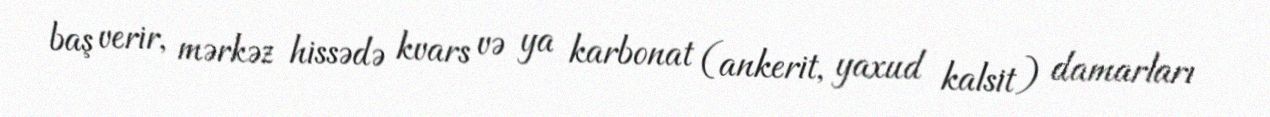
baş verir, mərkəz hissədə kvars və ya karbonat (ankerit, yaxud kalsit) damarları